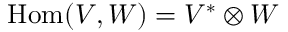
{ \mathrm { H o m } } ( V , W ) = V ^ { * } \otimes W